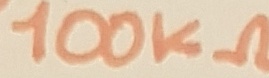
Text: 100KΩ